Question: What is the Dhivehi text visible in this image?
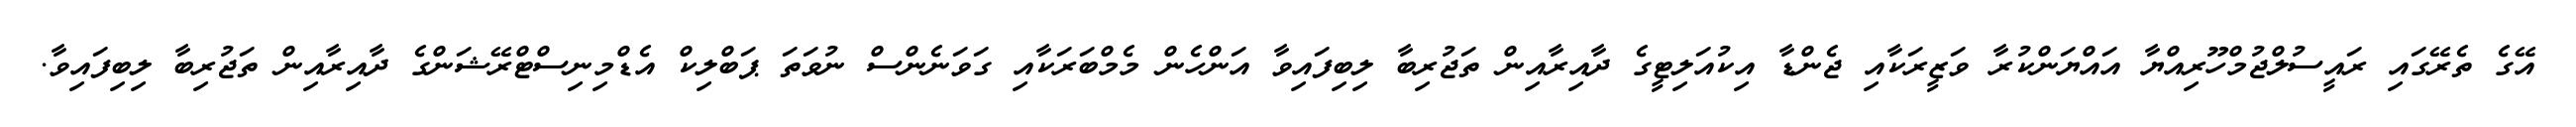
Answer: އޭގެ ތެރޭގައި ރައީސުލްޖުމްހޫރިއްޔާ އައްޔަންކުރާ ވަޒީރަކާއި ޖެންޑާ އިކުއަލިޓީގެ ދާއިރާއިން ތަޖުރިބާ ލިބިފައިވާ އަންހެން މެމްބަރަކާއި ގަވަނެންސް ނުވަތަ ޕަބްލިކް އެޑްމިނިސްޓްރޭޝަންގެ ދާއިރާއިން ތަޖުރިބާ ލިބިފައިވާ.